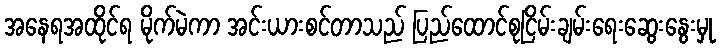
အနေရအထိုင်ရ မိုက်မဲကာ အင်းယားစင်တာသည် ပြည်ထောင်စုငြိမ်းချမ်းရေးဆွေးနွေးမှု